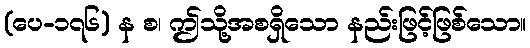
(ပေ-၁၇၆) န စ၊ ဤသို့အစရှိသော နည်းဖြင့်ဖြစ်သော။